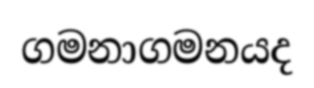
ගමනාගමනයද